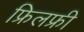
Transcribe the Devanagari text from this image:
फ्रिलफ्री